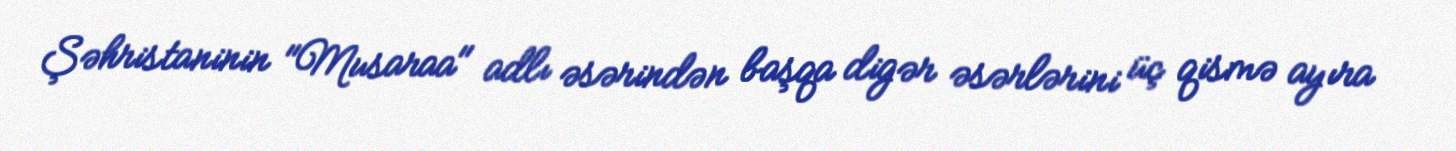
Şəhristaninin "Musaraa" adlı əsərindən başqa digər əsərlərini üç qismə ayıra